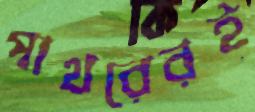
পাথরেরই